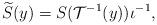
LaTeX: \begin{align*} \widetilde{S}(y)=S({\cal{T}}^{-1}(y))\iota^{-1},\end{align*}